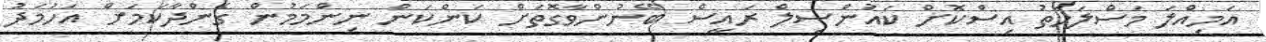
އަމިއްލަ މަސްލަހަތު އިސްކޮށް ކައުންސިލް ރައީސް ބޭނުންވާގޮތަށް ކަންކަން ނިންމަމުން ގެންދާކަމަށް އަހުމަދު